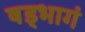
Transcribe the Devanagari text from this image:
षड्भागं